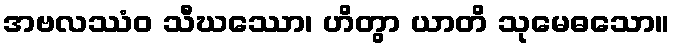
အဗလဿံဝ သီဃဿော၊ ဟိတွာ ယာတိ သုမေဓသော။